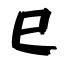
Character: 巳